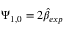
\Psi _ { 1 , 0 } = 2 \hat { \beta } _ { e x p }